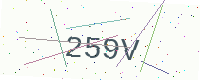
Text: 259V